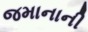
જમાનાની